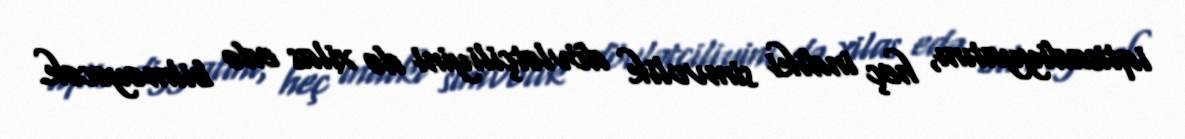
iqtisadiyyatını, heç indiki simvolik dövlətçiliyini də xilas edə bilməyəcək.